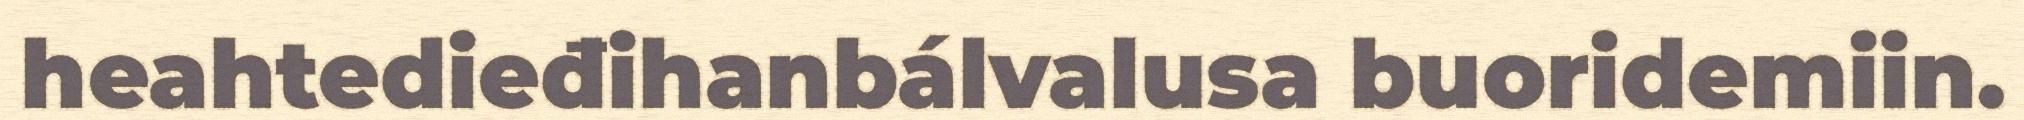
heahtedieđihanbálvalusa buoridemiin.